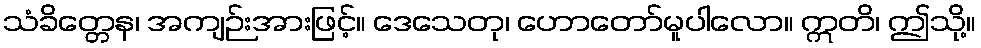
သံခိတ္တေန၊ အကျဉ်းအားဖြင့်။ ဒေသေတု၊ ဟောတော်မူပါလော။ ဣတိ၊ ဤသို့။